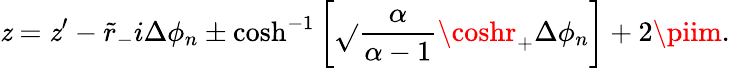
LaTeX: \mathit{z}=\mathit{z}^{\prime}-\tilde{{r}}_{-}i\Delta\phi_{n}\pm\cosh^{-1}\left[\sqrt{}{{\frac{{\alpha}}{{\alpha-1}}}}\coshr_{+}\Delta\phi_{n}\right]+2\piim.